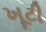
ખૂટી